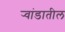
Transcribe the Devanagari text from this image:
र्‍वांडातील